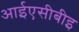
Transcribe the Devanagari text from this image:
आईएसीबीइ